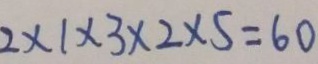
2 \times 1 \times 3 \times 2 \times 5 = 6 0